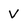
Character: v